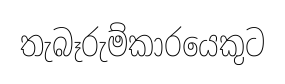
තැබෑරුම්කාරයෙකුට